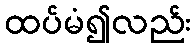
ထပ်မံ၍လည်း